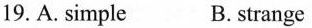
19.A. simple B. strange